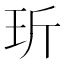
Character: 𤤆